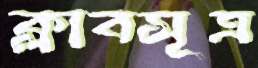
ক্লাবসূত্র